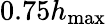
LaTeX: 0.75h_{\mathrm{max}}